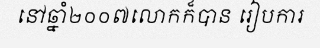
នៅឆ្នាំ២០០៧លោកក៏បាន រៀបការ